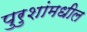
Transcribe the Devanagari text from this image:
पुरुशांमधील